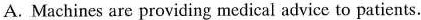
A. Machines are providing medical advice to patients.